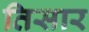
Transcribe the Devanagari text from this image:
तिसार